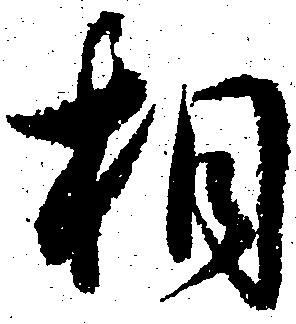
相